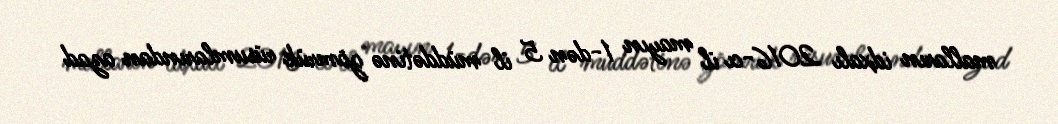
malların idxalı 2016-cı il mayın 1-dən 5 il müddətinə gömrük rüsumlarından azad